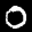
Label: 0